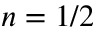
n = 1 / 2